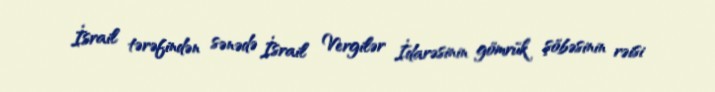
İsrail tərəfindən sənədə İsrail Vergilər İdarəsinin gömrük şöbəsinin rəisi